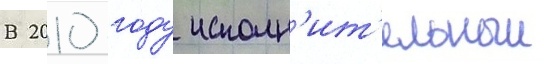
В 2010 году исполн'ит'ельныи